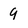
Character: 9